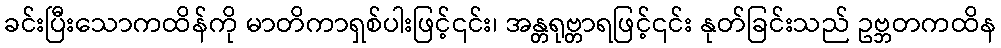
ခင်းပြီးသောကထိန်ကို မာတိကာရှစ်ပါးဖြင့်၎င်း၊ အန္တရုဗ္တာရဖြင့်၎င်း နုတ်ခြင်းသည် ဥဗ္ဘတကထိန